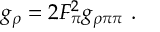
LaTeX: g _ { \rho } = 2 F _ { \pi } ^ { 2 } g _ { \rho \pi \pi } \ .